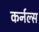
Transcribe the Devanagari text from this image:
कर्नल्स